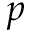
p